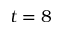
t = 8